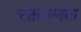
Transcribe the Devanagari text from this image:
रक्तजनक